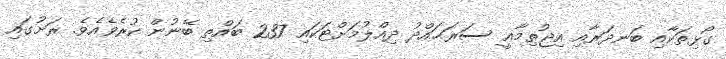
ގޯޅިތަކާއި ބަނދަރާއި އިޖުތިމާޢީ ސަރަޙައްދު ދިއްލުމަށްޓަކައި 237 ބައްތި ބޭނުން ކުރެވެއެވެ. ރަށުގައި